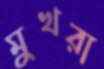
মুখরা